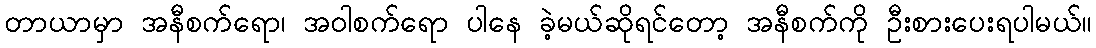
တာယာမှာ အနီစက်ရော၊ အဝါစက်ရော ပါနေ ခဲ့မယ်ဆိုရင်တော့ အနီစက်ကို ဦးစားပေးရပါမယ်။